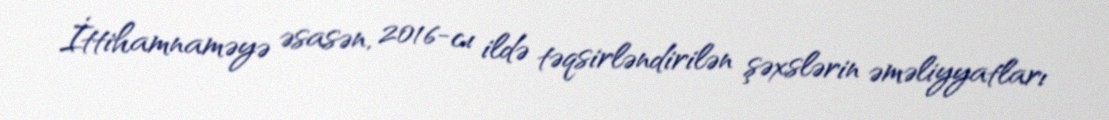
İttihamnaməyə əsasən, 2016-cı ildə təqsirləndirilən şəxslərin əməliyyatları